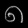
Digit: ၈